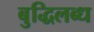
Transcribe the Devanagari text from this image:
बुद्धिलब्ध